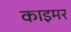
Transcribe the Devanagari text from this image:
काइमर